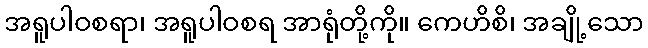
အရူပါဝစရာ၊ အရူပါဝစရ အာရုံတို့ကို။ ကေဟိစိ၊ အချို့သော